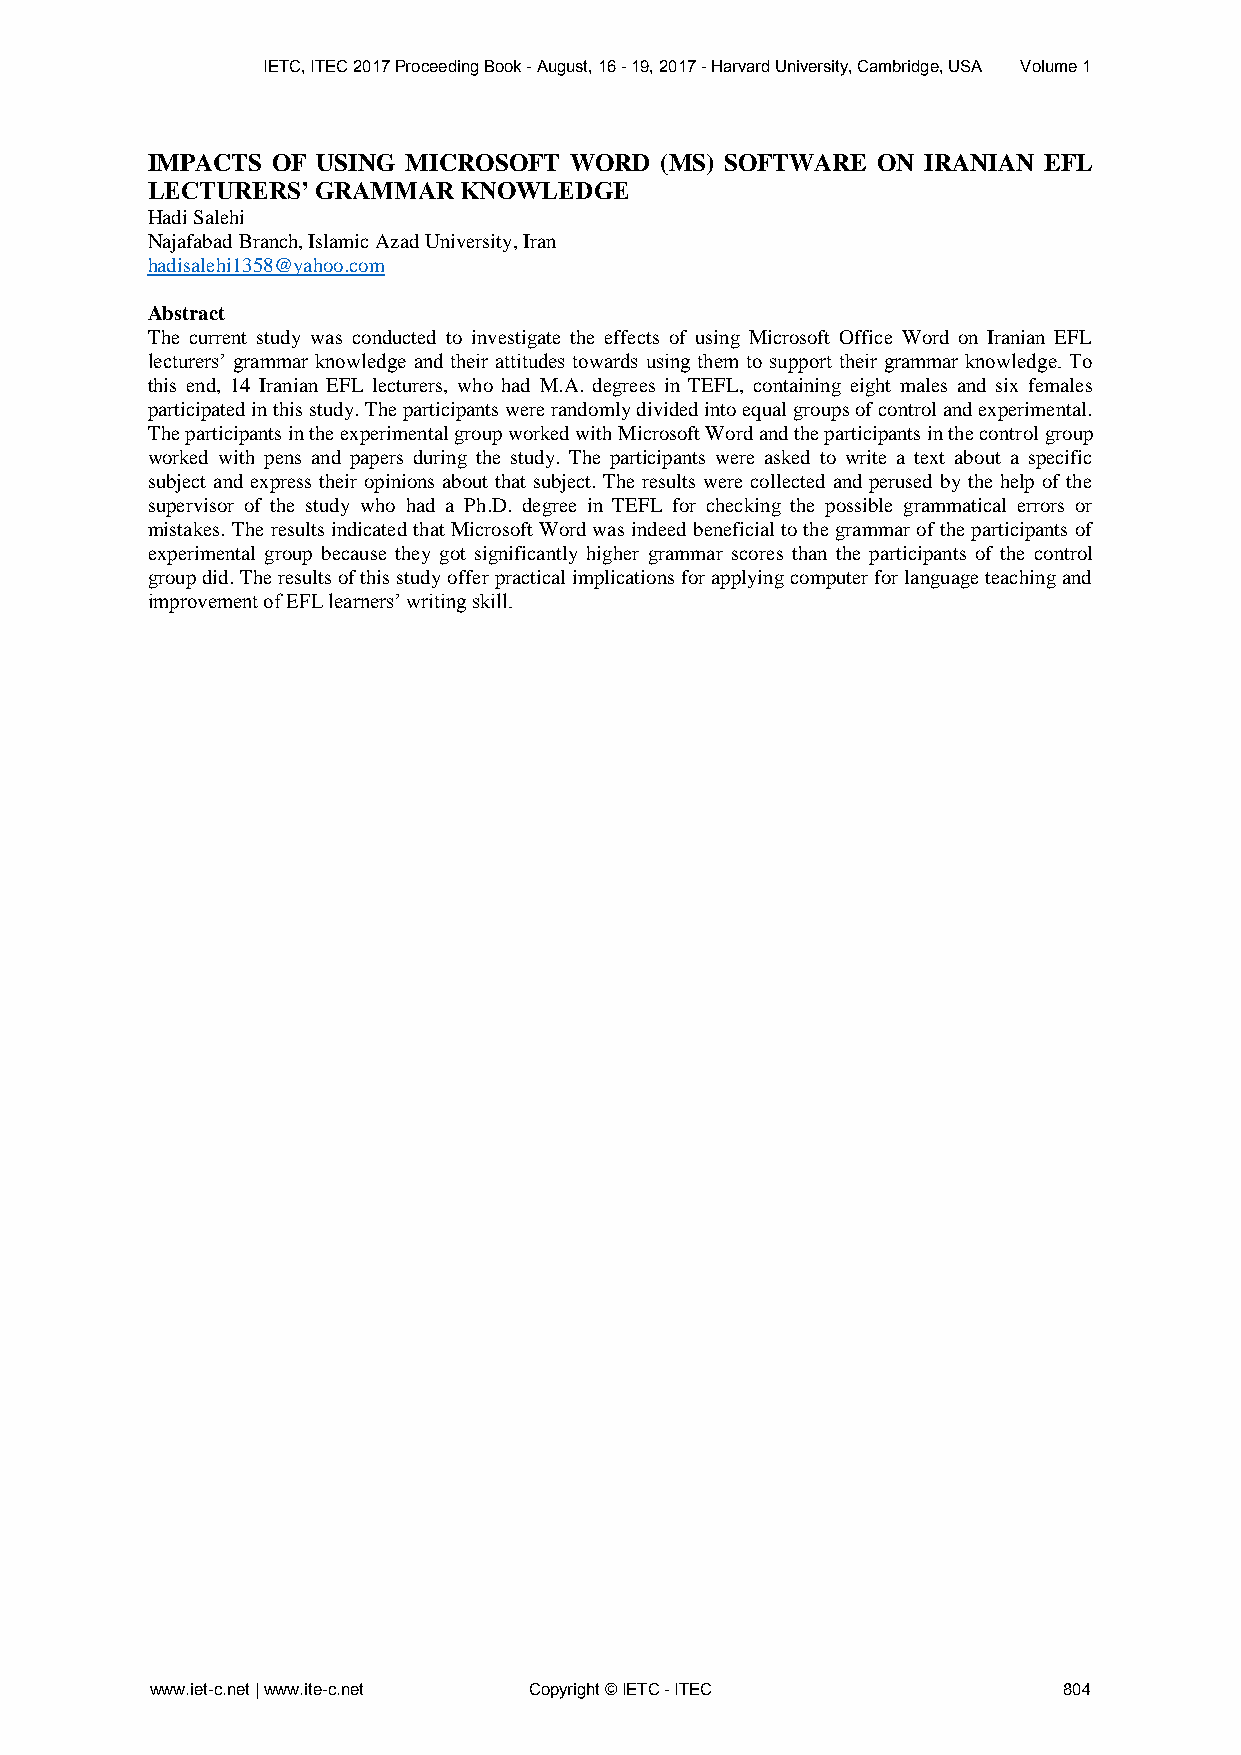
IETC, ITEC 2017 Proceeding Book - August, 16 - 19, 2017 - Harvard University, Cambridge, USA Volume 1
 IMPACTS OF USING MICROSOFT  WORD  (MS) SOFTWARE ON IRANIAN EFL
 LECTURERS’ GRAMMAR  KNOWLEDGE
 Hadi Salehi
 Najafabad Branch, Islamic Azad University, Iran
 hadisalehi1358@yahoo.com
 Abstract
 The current study was conducted to investigate the effects of using Microsoft Office Word on Iranian EFL
 lecturers’ grammar knowledge and their attitudes towards using them to support their grammar knowledge. To
 this end, 14 Iranian EFL lecturers, who had M.A. degrees in TEFL, containing eight males and six females
 participated in this study. The participants were randomly divided into equal groups of control and experimental.
 The participants in the experimental group worked with Microsoft Word and the participants in the control group
 worked with pens and papers during the study. The participants were asked to write a text about a specific
 subject and express their opinions about that subject. The results were collected and perused by the help of the
 supervisor of the study who had a Ph.D. degree in TEFL for checking the possible grammatical errors or
 mistakes. The results indicated that Microsoft Word was indeed beneficial to the grammar of the participants of
 experimental group because they got significantly higher grammar scores than the participants of the control
 group did. The results of this study offer practical implications for applying computer for language teaching and
 improvement of EFL learners’ writing skill.
 www.iet-c.net | www.ite-c.net Copyright © IETC - ITEC       804